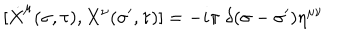
LaTeX: [ \dot { X } ^ { \mu } ( \sigma , \tau ) , X ^ { \nu } ( \sigma ^ { \prime } , \tau ) ] = - i \pi \; \delta ( \sigma - \sigma ^ { \prime } ) \eta ^ { \mu \nu }